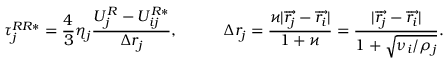
\tau _ { j } ^ { R R * } = \frac { 4 } { 3 } \eta _ { j } \frac { U _ { j } ^ { R } - U _ { i j } ^ { R * } } { \Delta r _ { j } } , \quad \mathrm { г д е } \quad \Delta r _ { j } = \frac { \varkappa | \overrightarrow { r _ { j } } - \overrightarrow { r _ { i } } | } { 1 + \varkappa } = \frac { | \overrightarrow { r _ { j } } - \overrightarrow { r _ { i } } | } { 1 + \sqrt { \nu _ { i } / \rho _ { j } } } .